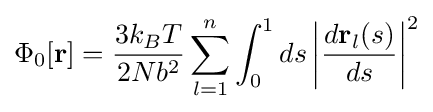
\Phi _{0}[\mathbf {r} ]={\frac {3k_{B}T}{2Nb^{2}}}\sum _{l=1}^{n}\int _{0}^{1}ds\left|{\frac {d\mathbf {r} _{l}(s)}{ds}}\right|^{2}